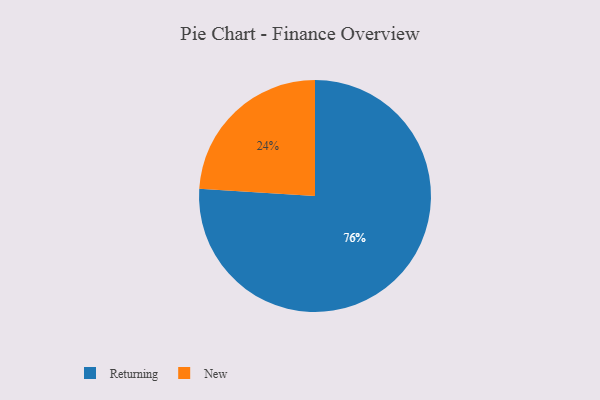
{"axis": {"x": "Category", "y": "Percentage"}, "legend": ["New", "Returning"], "data": [{"x": "New", "y": 24, "type": "New"}, {"x": "Returning", "y": 76, "type": "Returning"}]}